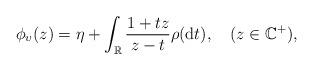
LaTeX: \begin{align*}\phi_{\upsilon}(z)=\eta+\int_{\mathbb{R}}\frac{1+tz}{z-t}\rho(\mathrm{d}t),\quad(z\in \mathbb{C}^{+}), \end{align*}